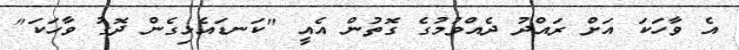
އެ ވާހަކަ އަށް ރައްދު ދެއްވުމުގެ ގޮތުން އެއީ "ކަނޑައެޅިގެން ދޮގު ވާހަކަ"